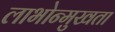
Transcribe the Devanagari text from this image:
लाभोन्मुखता